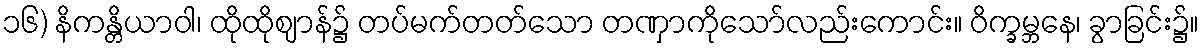
၁၆) နိကန္တိယာဝါ၊ ထိုထိုဈာန်၌ တပ်မက်တတ်သော တဏှာကိုသော်လည်းကောင်း။ ဝိက္ခမ္ဘနေ၊ ခွာခြင်း၌။